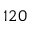
1 2 0